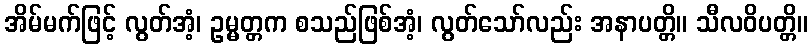
အိမ်မက်ဖြင့် လွတ်အံ့၊ ဥမ္မတ္တက စသည်ဖြစ်အံ့၊ လွတ်သော်လည်း အနာပတ္တိ။ သီလဝိပတ္တိ။